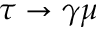
\tau \to \gamma \mu